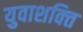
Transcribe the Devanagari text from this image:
युवाशक्‍ित